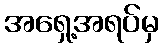
အရှေ့အရပ်မှ